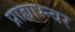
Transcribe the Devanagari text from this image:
प्राह्याभ्न्वर